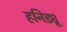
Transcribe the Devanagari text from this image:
हनिड्यू